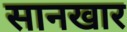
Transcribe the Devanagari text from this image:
सानखार